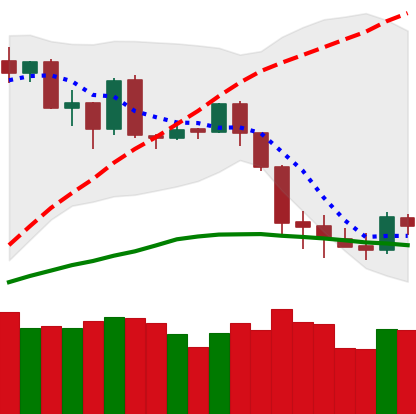
Ticker: BTC-USD
Chart end date: 2020-03-03
Forward return: -7.734%
Label: down_7plus